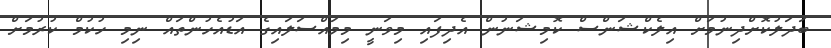
ބަދަލުކޮށްދިނުމަށް އިލެކްޝަންސް ކޮމިޝަނުން އެދިފައި މިވަނީ މިމައްސަލައިގެ އަޑުއެހުންތައް ނިމި ހުކުމް ކުރުމަށް